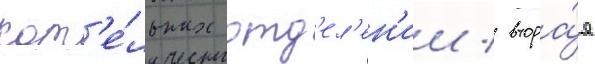
кот'е́льных отд'ел'ен'ии / втора́я